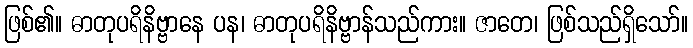
ဖြစ်၏။ ဓာတုပရိနိဗ္ဗာနေ ပန၊ ဓာတုပရိနိဗ္ဗာန်သည်ကား။ ဇာတေ၊ ဖြစ်သည်ရှိသော်။